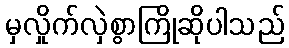
မှလှိုက်လှဲစွာကြိုဆိုပါသည်